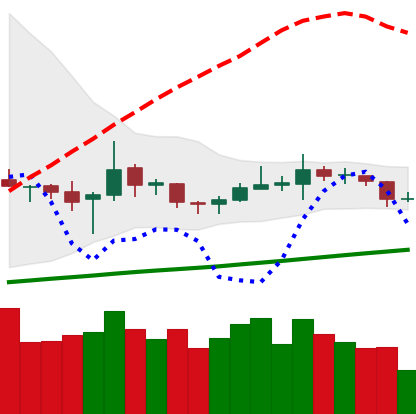
Ticker: TRX-USD
Chart end date: 2020-10-17
Forward return: 5.034%
Label: up_5_7